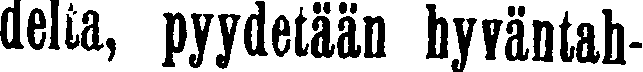
delta, pyydetään hyväntah-